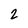
Character: 2